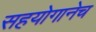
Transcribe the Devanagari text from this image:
सहयोगानेच